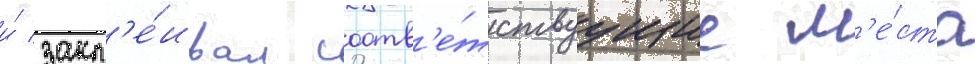
и́ закл'е́ивал соотв'е́тствуущие м'е́ста